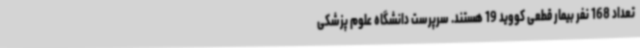
تعداد 168 نفر بیمار قطعی کووید 19 هستند. سرپرست دانشگاه علوم پزشکی